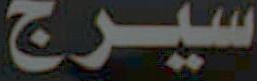
سيرج